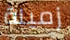
زميلة